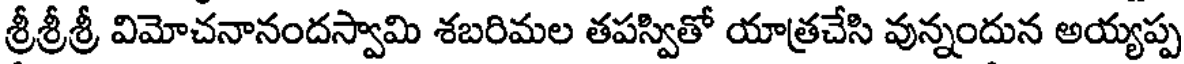
శ్రీశ్రీశ్రీ విమోచనానందస్వామి శబరిమల తపస్వితో యాత్రచేసి వున్నందున అయ్యప్ప